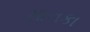
માનકા